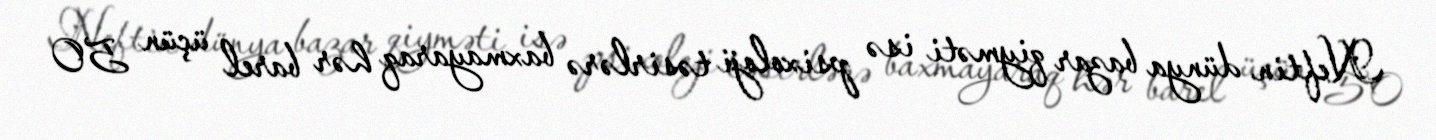
Neftin dünya bazar qiyməti isə psixoloji təsirlərə baxmayaraq hər barel üçün 50